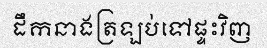
ដឹកនាងត្រឡប់ទៅផ្ទះវិញ